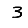
Digit: 3